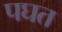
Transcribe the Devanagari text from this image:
पघत